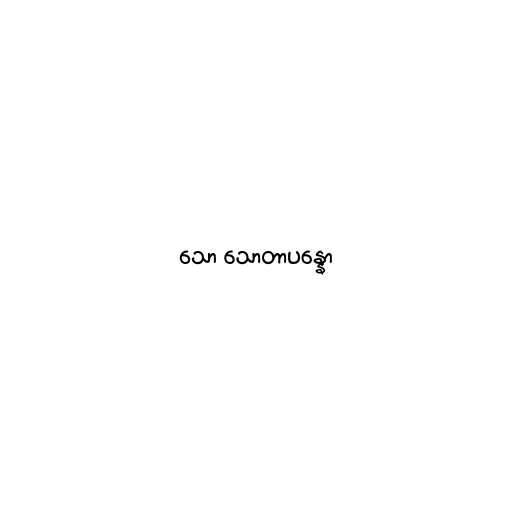
သော သောတာပန္နော